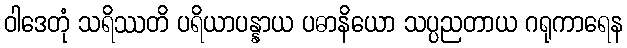
ဝါဒေတုံ သရိဿတိ ပရိယာပန္နာယ ပဓာနိယော သပ္ပညတာယ ဂရုကာရေန